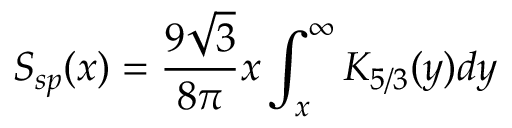
S _ { s p } ( x ) = \frac { 9 \sqrt { 3 } } { 8 \pi } x \int _ { x } ^ { \infty } K _ { 5 / 3 } ( y ) d y